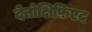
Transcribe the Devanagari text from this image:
देतोक्षिफ़िएद